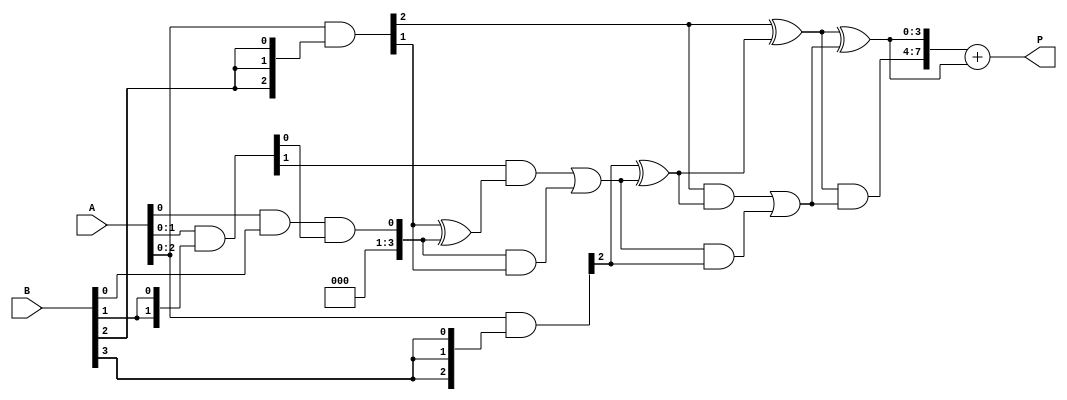
module WallaceTreeMultiplier #(parameter N = 4) (
    input [N-1:0] A,
    input [N-1:0] B,
    output reg [2*N-1:0] P
);

// Partial product generation
wire [N-1:0] pp [0:N-1]; // Partial products
genvar i, j;
generate
    for (i = 0; i < N; i = i + 1) begin : pp_gen
        assign pp[i] = A & {N{B[i]}};
    end
endgenerate

// Wallace Tree Reduction
wire [N-1:0] sum [0:N-1];
wire [N-1:0] carry [0:N-1];

generate
    for (i = 0; i < N; i = i + 1) begin : wallace_tree
        if (i == 0) begin
            assign sum[i] = pp[0][i] | pp[1][i];
            assign carry[i] = pp[0][i] & pp[1][i];
        end else if (i < N-1) begin
            wire [N-1:0] tmp_sum;
            wire [N-1:0] tmp_carry;

            // Half adder for the first two bits
            assign tmp_sum = pp[i][i] ^ (pp[i+1][i] ^ carry[i-1]);
            assign tmp_carry = (pp[i][i] & (pp[i+1][i] ^ carry[i-1])) | (carry[i-1] & pp[i+1][i]);

            assign sum[i] = tmp_sum;
            assign carry[i] = tmp_carry;
        end else begin
            // Final addition stage
            assign sum[i] = sum[i-1] ^ carry[i-1];
            assign carry[i] = sum[i-1] & carry[i-1];
        end
    end
endgenerate

// Final addition of the last two results
wire [2*N-1:0] final_sum;
wire [2*N-1:0] final_carry;

assign final_sum = {carry[N-1], sum[N-1]} + {1'b0, sum[N-1]};

always @(*) begin
    P = final_sum; // Output the final product
end

endmodule